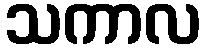
သကာလ